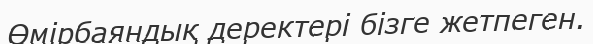
Өмірбаяндық деректері бізге жетпеген.